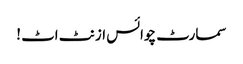
سمارٹ چوائس ازنٹ اٹ !